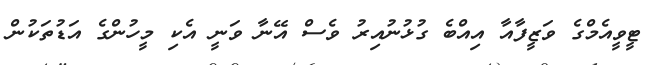
ޓީވީއެމްގެ ވަޒީފާއާ އިއްބެ ގުޅުނުއިރު ވެސް އޭނާ ވަނީ އެކި މީހުންގެ އަޑުތަކުން